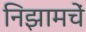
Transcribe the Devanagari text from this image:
निझामचें